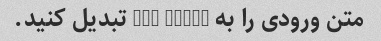
متن ورودی را به Pig Latin تبدیل کنید.